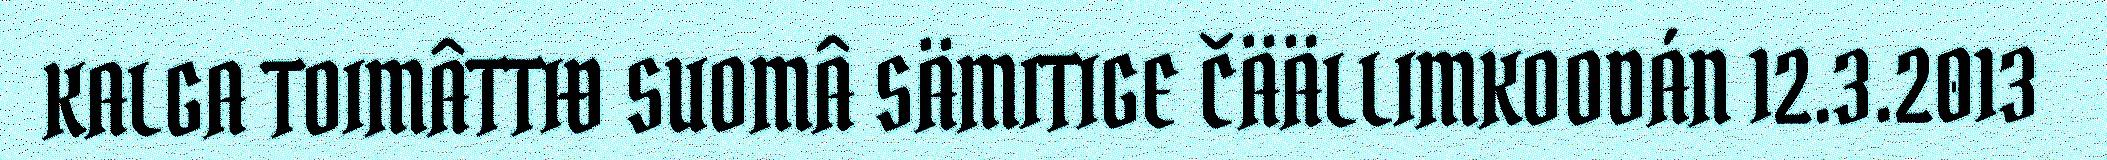
KALGA TOIMÂTTIĐ SUOMÂ SÄMITIGE ČÄÄLLIMKOODÁN 12.3.2013